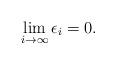
LaTeX: \begin{align*}\lim_{i\to\infty}\epsilon_i=0.\end{align*}